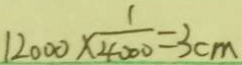
1 2 0 0 0 \times \frac { 1 } { 4 0 0 0 } = 3 c m